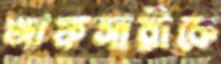
আফসারীকে